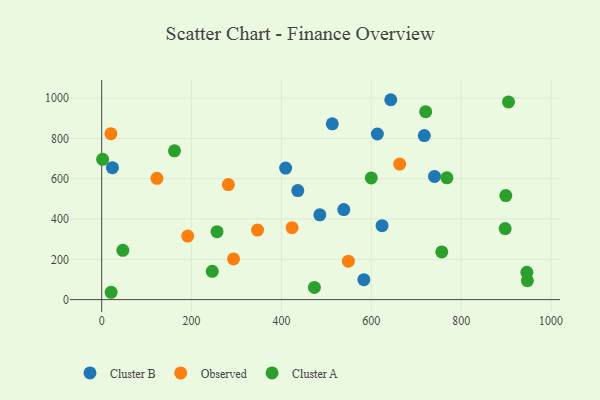
{"axis": {"x": "Study Hours", "y": "Profit"}, "legend": ["Cluster A", "Cluster B", "Observed"], "data": [{"x": "643.4", "y": 991.9, "type": "Cluster B"}, {"x": "624.0", "y": 366.7, "type": "Cluster B"}, {"x": "740.7", "y": 611.1, "type": "Cluster B"}, {"x": "436.5", "y": 541.0, "type": "Cluster B"}, {"x": "583.5", "y": 98.7, "type": "Cluster B"}, {"x": "513.2", "y": 872.5, "type": "Cluster B"}, {"x": "538.8", "y": 447.0, "type": "Cluster B"}, {"x": "485.5", "y": 420.8, "type": "Cluster B"}, {"x": "23.9", "y": 654.6, "type": "Cluster B"}, {"x": "409.4", "y": 652.5, "type": "Cluster B"}, {"x": "718.0", "y": 813.9, "type": "Cluster B"}, {"x": "613.6", "y": 821.8, "type": "Cluster B"}, {"x": "663.2", "y": 672.7, "type": "Observed"}, {"x": "346.9", "y": 345.0, "type": "Observed"}, {"x": "122.9", "y": 602.1, "type": "Observed"}, {"x": "293.5", "y": 201.9, "type": "Observed"}, {"x": "281.9", "y": 570.9, "type": "Observed"}, {"x": "191.5", "y": 315.5, "type": "Observed"}, {"x": "549.0", "y": 190.5, "type": "Observed"}, {"x": "423.7", "y": 357.0, "type": "Observed"}, {"x": "20.6", "y": 823.6, "type": "Observed"}, {"x": "256.7", "y": 337.2, "type": "Cluster A"}, {"x": "899.4", "y": 516.3, "type": "Cluster A"}, {"x": "721.0", "y": 932.8, "type": "Cluster A"}, {"x": "473.4", "y": 60.3, "type": "Cluster A"}, {"x": "246.1", "y": 140.5, "type": "Cluster A"}, {"x": "946.2", "y": 135.5, "type": "Cluster A"}, {"x": "897.9", "y": 352.6, "type": "Cluster A"}, {"x": "47.1", "y": 244.5, "type": "Cluster A"}, {"x": "2.1", "y": 696.3, "type": "Cluster A"}, {"x": "947.4", "y": 94.1, "type": "Cluster A"}, {"x": "768.3", "y": 604.3, "type": "Cluster A"}, {"x": "905.4", "y": 981.1, "type": "Cluster A"}, {"x": "756.9", "y": 236.8, "type": "Cluster A"}, {"x": "600.0", "y": 603.9, "type": "Cluster A"}, {"x": "21.0", "y": 36.4, "type": "Cluster A"}, {"x": "162.0", "y": 738.2, "type": "Cluster A"}]}